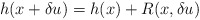
\begin{align*}h(x+\delta u) = h(x) + R(x, \delta u)\end{align*}